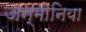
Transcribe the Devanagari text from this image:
जन्मोनिया